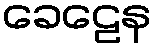
ခေဠေန